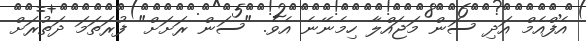
އެފްއެމް އަދި ސަން މަޖައްލާ ހިމެނޭނެ އެވެ. "ސަން ރަށަށް" ފުރަތަމަ ދަތުރަށް